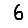
Digit: 6